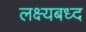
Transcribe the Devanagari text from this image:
लक्ष्यबध्द